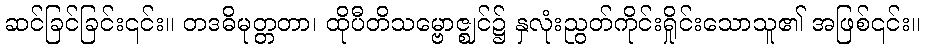
ဆင်ခြင်ခြင်း၎င်း။ တဒဓိမုတ္တတာ၊ ထိုပီတိသမ္ဗောဇ္ဈင်၌ နှလုံးညွတ်ကိုင်းရှိုင်းသောသူ၏ အဖြစ်၎င်း။